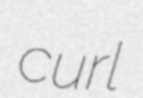
curl